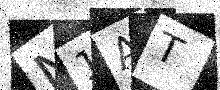
Text: N1AT